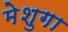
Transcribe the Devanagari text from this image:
मेशुगा